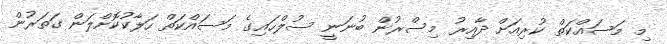
މި މަސައްކަތް ކުރިއަށް ދާއިރު މިސްރުން ބުނަނީ ސުލްހައިގެ މަސައްކަތް ހަލާކުކޮށްލަން ގަތަރުން